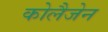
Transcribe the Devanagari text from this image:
कोलैजेन